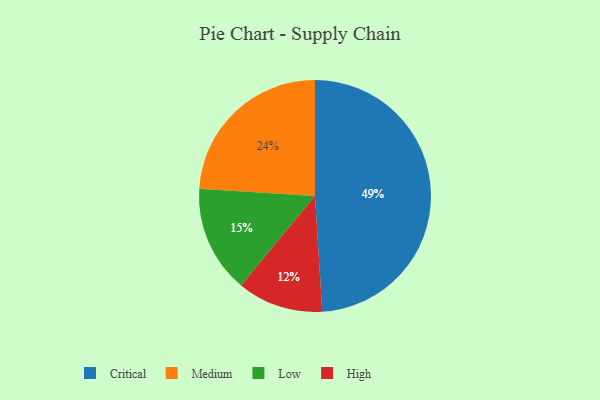
{"axis": {"x": "Category", "y": "Percentage"}, "legend": ["Critical", "High", "Low", "Medium"], "data": [{"x": "Low", "y": 15, "type": "Low"}, {"x": "High", "y": 12, "type": "High"}, {"x": "Critical", "y": 49, "type": "Critical"}, {"x": "Medium", "y": 24, "type": "Medium"}]}